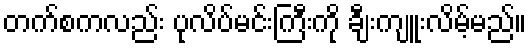
တက်စကလည်း ပုလိပ်မင်းကြီးကို ချီးကျူးလိမ့်မည်။